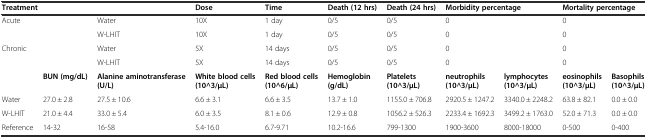
<table><thead><tr><td colspan="3"><b>Treatment</b></td><td><b>Dose</b></td><td><b>Time</b></td><td><b>Death (12 hrs)</b></td><td><b>Death (24 hrs)</b></td><td colspan="2"><b>Morbidity percentage</b></td><td colspan="2"><b>Mortality percentage</b></td></tr></thead><tbody><tr><td rowspan="2" colspan="2">Acute</td><td>Water</td><td>10X</td><td>1 day</td><td>0/5</td><td>0/5</td><td colspan="2">0</td><td colspan="2">0</td></tr><tr><td>W-LHIT</td><td>10X</td><td>1 day</td><td>0/5</td><td>0/5</td><td colspan="2">0</td><td colspan="2">0</td></tr><tr><td rowspan="2" colspan="2">Chronic</td><td>Water</td><td>5X</td><td>14 days</td><td>0/5</td><td>0/5</td><td colspan="2">0</td><td colspan="2">0</td></tr><tr><td>W-LHIT</td><td>5X</td><td>14 days</td><td>0/5</td><td>0/5</td><td colspan="2">0</td><td colspan="2">0</td></tr><tr><td></td><td><b>BUN (mg/dL)</b></td><td><b>Alanine aminotransferase (U/L)</b></td><td><b>White blood cells (10^3/</b><b>μL)</b></td><td><b>Red blood cells (10^6/</b><b>μL)</b></td><td><b>Hemoglobin (g/dL)</b></td><td><b>Platelets (10^3/</b><b>μL)</b></td><td><b>neutrophils (10^3/</b><b>μL)</b></td><td><b>lymphocytes (10^3/</b><b>μL)</b></td><td><b>eosinophils (10^3/</b><b>μL)</b></td><td><b>Basophils (10^3/</b><b>μL)</b></td></tr><tr><td>Water</td><td>27.0 ± 2.8</td><td>27.5 ± 10.6</td><td>6.6 ± 3.1</td><td>6.6 ± 3.5</td><td>13.7 ± 1.0</td><td>1155.0 ± 706.8</td><td>2920.5 ± 1247.2</td><td>3340.0 ± 2248.2</td><td>63.8 ± 82.1</td><td>0.0 ± 0.0</td></tr><tr><td>W-LHIT</td><td>21.0 ± 4.4</td><td>33.0 ± 5.4</td><td>6.0 ± 3.5</td><td>8.1 ± 0.6</td><td>12.9 ± 0.8</td><td>1056.2 ± 526.3</td><td>2233.4 ± 1692.3</td><td>3499.2 ± 1763.0</td><td>52.0 ± 71.3</td><td>0.0 ± 0.0</td></tr><tr><td>Reference</td><td>14-32</td><td>16-58</td><td>5.4-16.0</td><td>6.7-9.71</td><td>10.2-16.6</td><td>799-1300</td><td>1900-3600</td><td>8000-18000</td><td>0-500</td><td>0-400</td></tr></tbody></table>